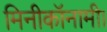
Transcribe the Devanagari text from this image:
मिनीकॉनामी।